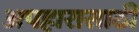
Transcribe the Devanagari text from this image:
अपहारासाठी